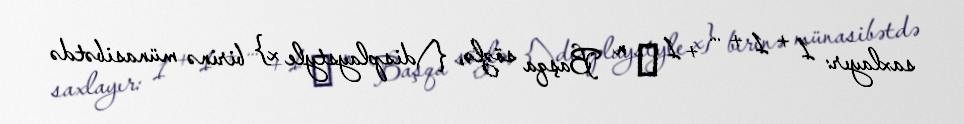
saxlayır: 1 + 1 + … + 1 ⏟ n Başqa sözlə, {\displaystyle x} birinə münasibətdə